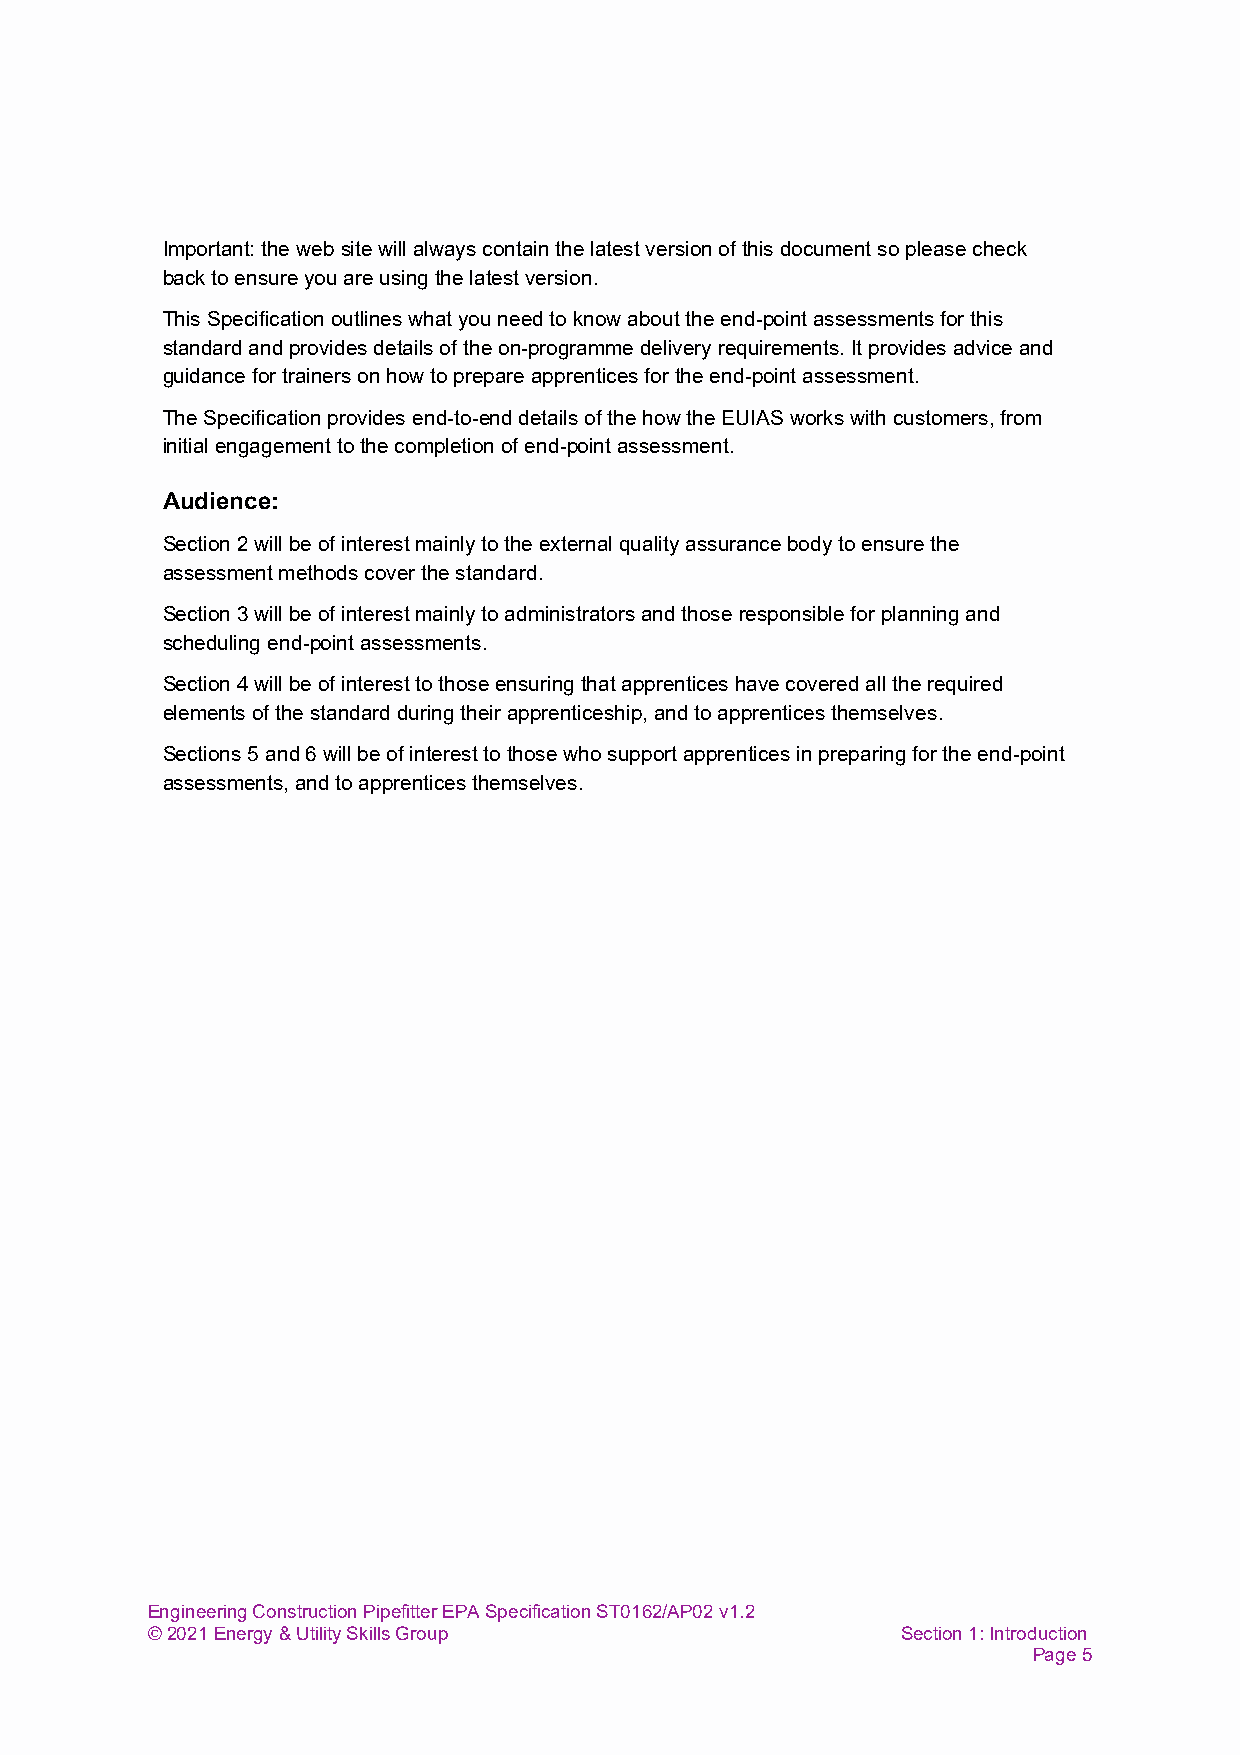
Important: the web site will always contain the latest version of this document so please check
 back to ensure you are using the latest version.
 This Specification outlines what you need to know about the end-point assessments for this
 standard and provides details of the on-programme delivery requirements. It provides advice and
 guidance for trainers on how to prepare apprentices for the end-point assessment.
 The Specification provides end-to-end details of the how the EUIAS works with customers, from
 initial engagement to the completion of end-point assessment.
 Audience:
 Section 2 will be of interest mainly to the external quality assurance body to ensure the
 assessment methods cover the standard.
 Section 3 will be of interest mainly to administrators and those responsible for planning and
 scheduling end-point assessments.
 Section 4 will be of interest to those ensuring that apprentices have covered all the required
 elements of the standard during their apprenticeship, and to apprentices themselves.
 Sections 5 and 6 will be of interest to those who support apprentices in preparing for the end-point
 assessments, and to apprentices themselves.
 Engineering Construction Pipefitter EPA Specification ST0162/AP02 v1.2
 © 2021 Energy & Utility Skills Group              Section 1: Introduction
 Page 5